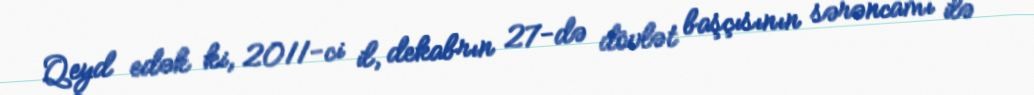
Qeyd edək ki, 2011-ci il, dekabrın 27-də dövlət başçısının sərəncamı ilə